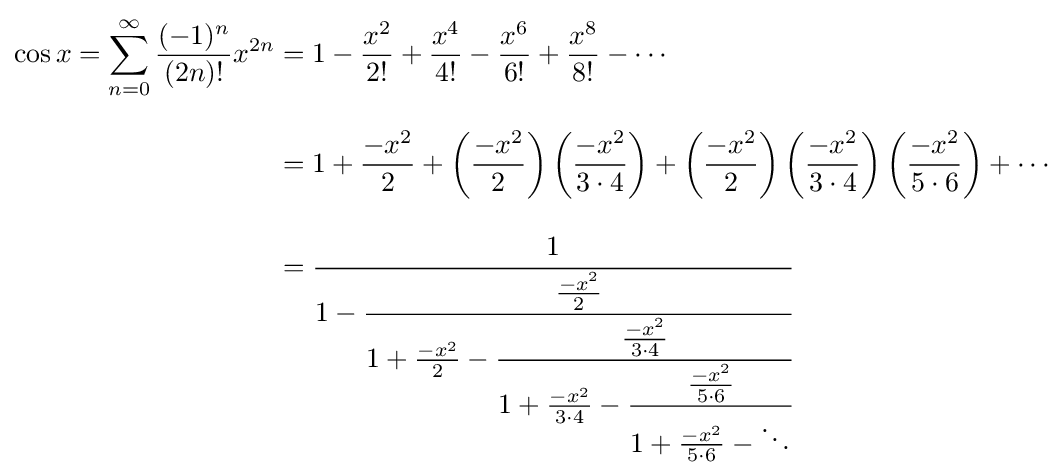
{\begin{aligned}\cos x=\sum _{n=0}^{\infty }{\frac {(-1)^{n}}{(2n)!}}x^{2n}&=1-{\frac {x^{2}}{2!}}+{\frac {x^{4}}{4!}}-{\frac {x^{6}}{6!}}+{\frac {x^{8}}{8!}}-\cdots \\[8pt]&=1+{\frac {-x^{2}}{2}}+\left({\frac {-x^{2}}{2}}\right)\left({\frac {-x^{2}}{3\cdot 4}}\right)+\left({\frac {-x^{2}}{2}}\right)\left({\frac {-x^{2}}{3\cdot 4}}\right)\left({\frac {-x^{2}}{5\cdot 6}}\right)+\cdots \\[8pt]&={\cfrac {1}{1-{\cfrac {\frac {-x^{2}}{2}}{1+{\frac {-x^{2}}{2}}-{\cfrac {\frac {-x^{2}}{3\cdot 4}}{1+{\frac {-x^{2}}{3\cdot 4}}-{\cfrac {\frac {-x^{2}}{5\cdot 6}}{1+{\frac {-x^{2}}{5\cdot 6}}-\ddots }}}}}}}}\end{aligned}}